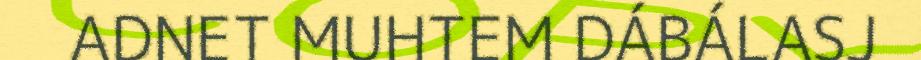
ADNET MUHTEM DÁBÁLASJ